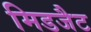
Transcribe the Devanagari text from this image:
मिडजैट